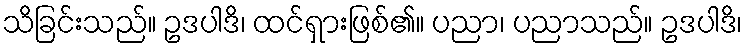
သိခြင်းသည်။ ဥဒပါဒိ၊ ထင်ရှားဖြစ်၏။ ပညာ၊ ပညာသည်။ ဥဒပါဒိ၊